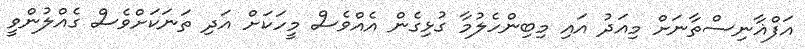
އަފްޣާނިސްތާނަށް މިއަދު އައި މިބިންހެލުމާ ގުޅިގެން އެއްވެސް މީހަކަށް އަދި ތަނަކަށްވެސް ގެއްލުންވީ